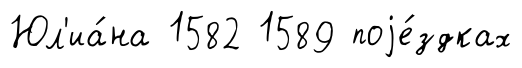
Юл'иа́на 1582 1589 поjе́здках